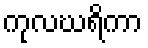
ကုလဃရိကာ